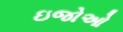
ઇજોઓ